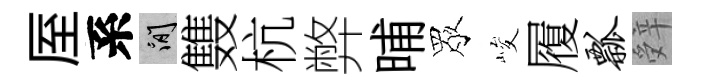
厔系閑䨇杭弊晡眾峻履瓢辤